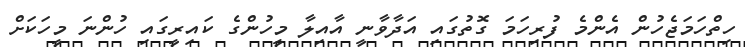
ހިތްހަމަޖެހުން އެންމެ ފުރިހަމަ ގޮތުގައި އަދާވާނީ އާއިލާ މީހުންގެ ކައިރީގައި ހުންނަ މީހަކަށް